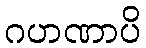
ဂဟဏာပိ